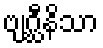
ဗျဂ္ဃီနိသာ